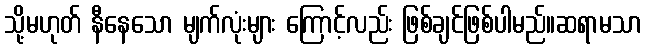
သို့မဟုတ် နီနေသော မျက်လုံးများ ကြောင့်လည်း ဖြစ်ချင်ဖြစ်ပါမည်။ဆရာမသာ